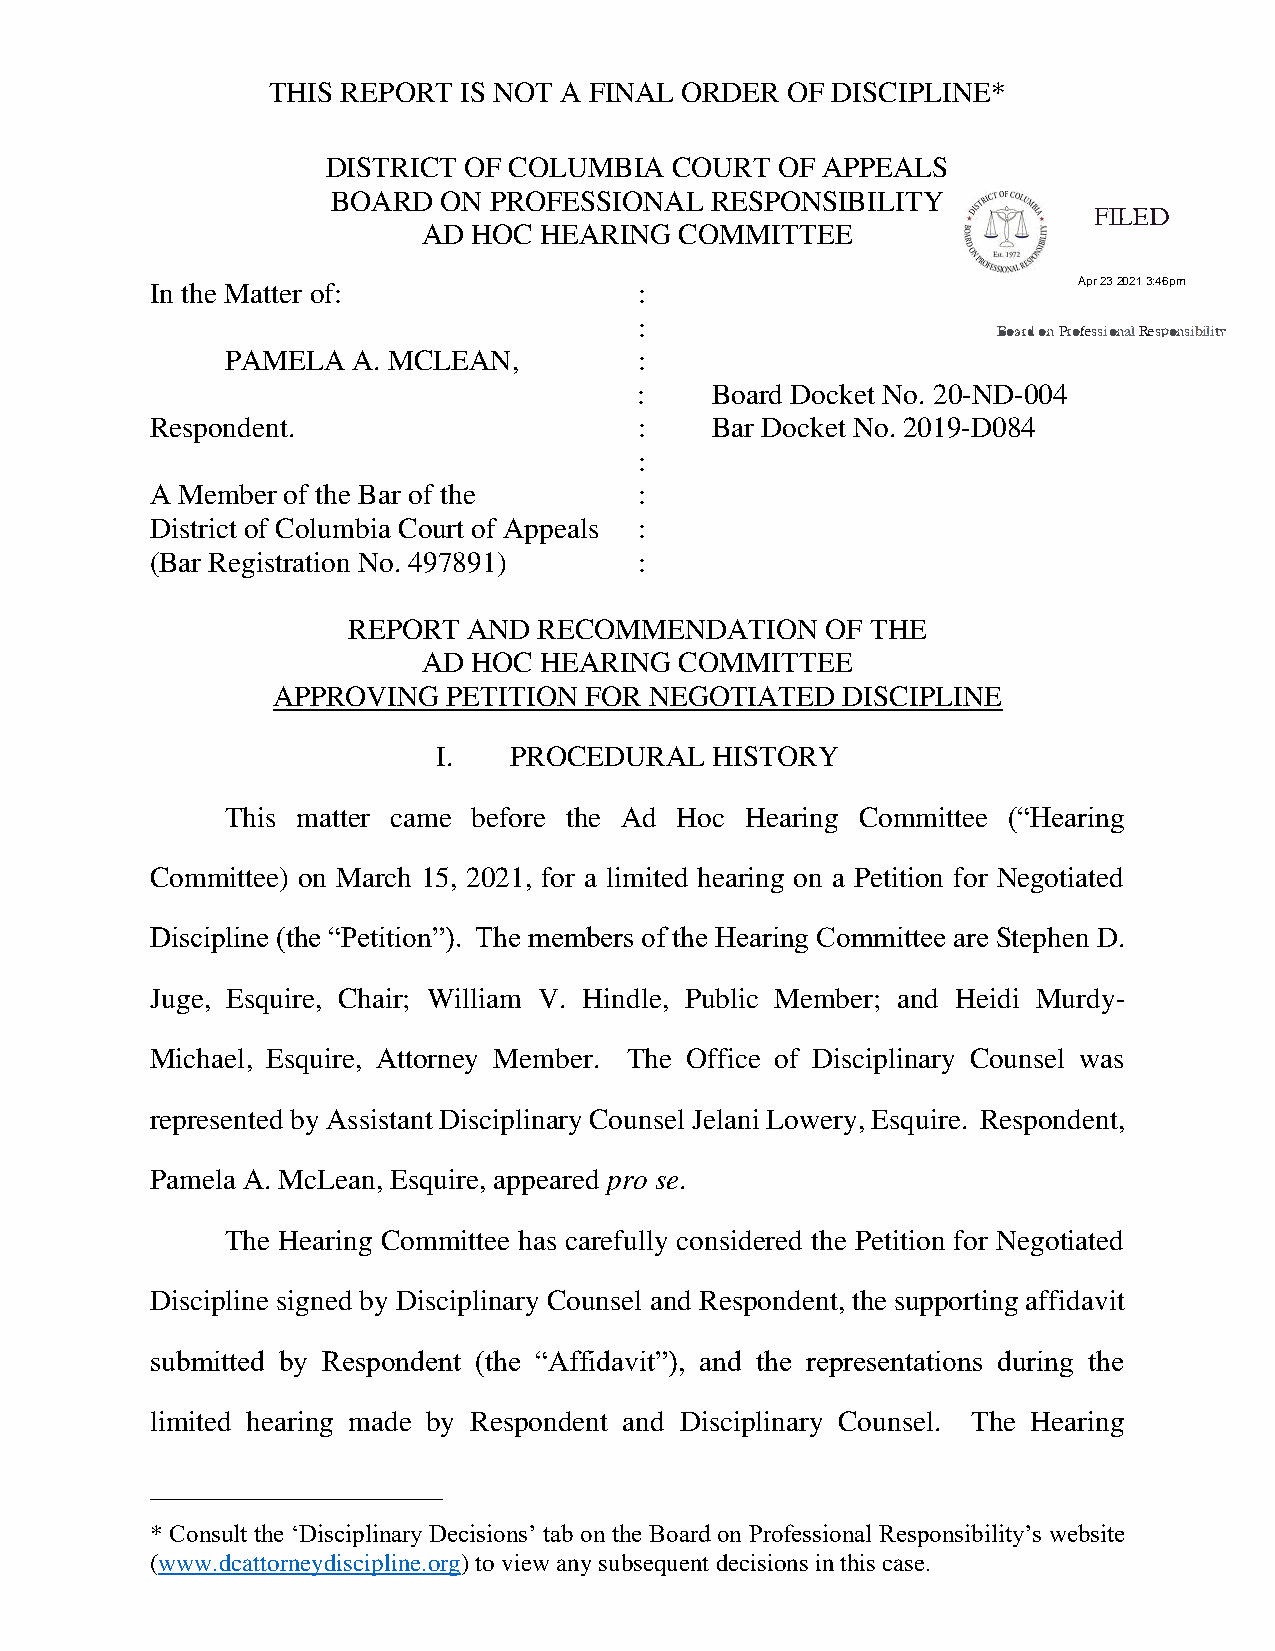
THIS REPORT IS NOT A FINAL ORDER  OF DISCIPLINE*
 DISTRICT OF COLUMBIA  COURT  OF APPEALS
 BOARD  ON PROFESSIONAL   RESPONSIBILITY
 AD HOC  HEARING  COMMITTEE
 In the Matter of:               :
 :
 PAMELA  A. MCLEAN,         :
 :    Board Docket No. 20-ND-004
 Respondent.                     :    Bar Docket No. 2019-D084
 :
 A Member of the Bar of the      :
 District of Columbia Court of Appeals :
 (Bar Registration No. 497891)   :
 REPORT  AND  RECOMMENDATION     OF THE
 AD HOC  HEARING  COMMITTEE
 APPROVING   PETITION FOR NEGOTIATED   DISCIPLINE
 I.   PROCEDURAL   HISTORY
 This matter came before the Ad Hoc Hearing Committee (“Hearing
 Committee) on March 15, 2021, for a limited hearing on a Petition for Negotiated
 Discipline (the “Petition”). The members of the Hearing Committee are Stephen D.
 Juge, Esquire, Chair; William V. Hindle, Public Member; and Heidi Murdy-
 Michael, Esquire, Attorney Member. The Office of Disciplinary Counsel was
 represented by Assistant Disciplinary Counsel Jelani Lowery, Esquire. Respondent,
 Pamela A. McLean, Esquire, appeared pro se.
 The Hearing Committee has carefully considered the Petition for Negotiated
 Discipline signed by Disciplinary Counsel and Respondent, the supporting affidavit
 submitted by Respondent (the “Affidavit”), and the representations during the
 limited hearing made by Respondent and Disciplinary Counsel. The Hearing
 ——————————
 * Consult the ‘Disciplinary Decisions’ tab on the Board on Professional Responsibility’s website
 (www.dcattorneydiscipline.org) to view any subsequent decisions in this case.